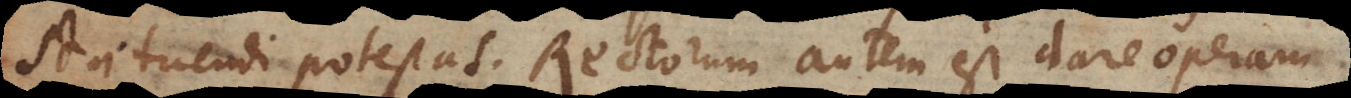
statuendi potestas. Rectorum autem est dare operam